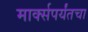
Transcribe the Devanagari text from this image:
मार्क्सपर्यंतचा